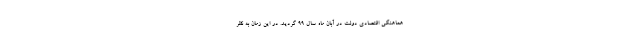
هماهنگی اقتصادی دولت در آبان ماه سال ۹۹ گردید. در این زمان به نظر